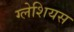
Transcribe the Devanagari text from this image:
ग्लेशियस